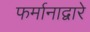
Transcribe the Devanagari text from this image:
फर्मानाद्वारे